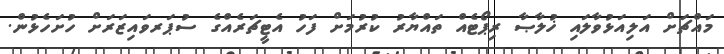
މައްޗަށް އަލިއަޅުވާލައި ޚުލާޞާ ރިޕޯޓެއް ތައްޔާރު ކުރުމަށް ފަހު އެޓީޗަރެއްގެ ސުޕަރވައިޒަރަށް ހުށަހެޅުން.